Civil Veterinary Department. Central Provinces & Berar 1925-31 - 1925-1931
Year: 1925
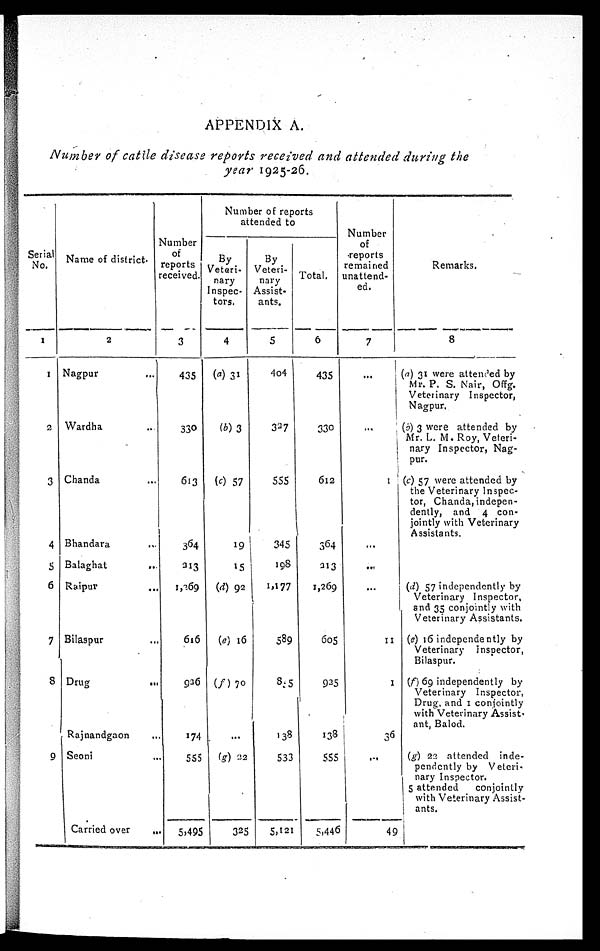
APPENDIX A.
Number of cattle disease reports received and attended during the
year 1925-26.
Serial
No.
1
1
2
3
4
5
6
7
8
9
Name of district.
2
Nagpur ...
Wardha ...
Chanda ...
Bhandara ...
Balaghat
...
Raipur ...
Bilaspur ...
Drug ...
Rajnandgaon ...
Seoni ...
Carried over
..
Number
of
reports
received.
3
435
330
613
364
313
1,269
616
936
174
555
5,495
Number of reports
attended to
By
Veteri-
nary
Inspec-
tors.
4
(a) 31
(b) 3
(c) 57
19
15
(d) 92
(e) 16
(f) 70
...
(g) 22
325
By
Veteri-
nary
Assist-
ants.
5
404
327
555
345
198
1,177
589
835
138
533
5,121
Total.
6
435
330
612
364
313
1,269
605
925
138
555
5,446
Number
of
reports
remained
unattend-
ed.
7
...
...
1
...
...
...
11
1
36
...
49
Remarks.
8
(a) 31 were attended by
Mr. P. S. Nair, Offg.
Veterinary Inspector,
Nagpur.
(b) 3 were attended by
Mr. L. M. Roy, Veteri-
nary Inspector, Nag-
pur.
(c) 57 were attended by
the Veterinary Inspec-
tor, Chanda, indepen-
dently, and 4 con-
jointly with Veterinary
Assistants.
(d) 57 independently by
Veterinary Inspector,
and 35 conjointly with
Veterinary Assistants.
(e) 16 independently by
Veterinary Inspector,
Bilaspur.
(f) 69 independently by
Veterinary Inspector,
Drug, and 1 conjointly
with Veterinary Assist¬
ant, Balod.
(g) 22 attended inde-
pendently by Veteri-
nary Inspector.
5 attended
conjointly
with Veterinary Assist-
ants.